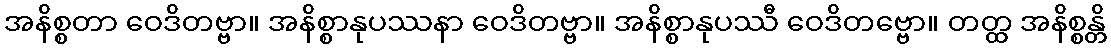
အနိစ္စတာ ဝေဒိတဗ္ဗာ။ အနိစ္စာနုပဿနာ ဝေဒိတဗ္ဗာ။ အနိစ္စာနုပဿီ ဝေဒိတဗ္ဗော။ တတ္ထ အနိစ္စန္တိ